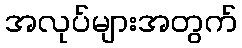
အလုပ်များအတွက်